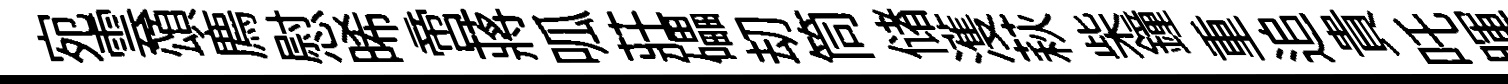
宛雲頌廌慰晞啻蔣呱莊礧刧筒储濩萩柴鐘重追貴吒暉